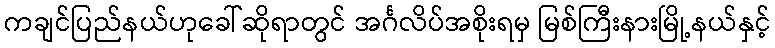
ကချင်ပြည်နယ်ဟုခေါ်ဆိုရာတွင် အင်္ဂလိပ်အစိုးရမှ မြစ်ကြီးနားမြို့နယ်နှင့်